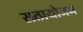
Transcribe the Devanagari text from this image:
सत्प्रयोजन